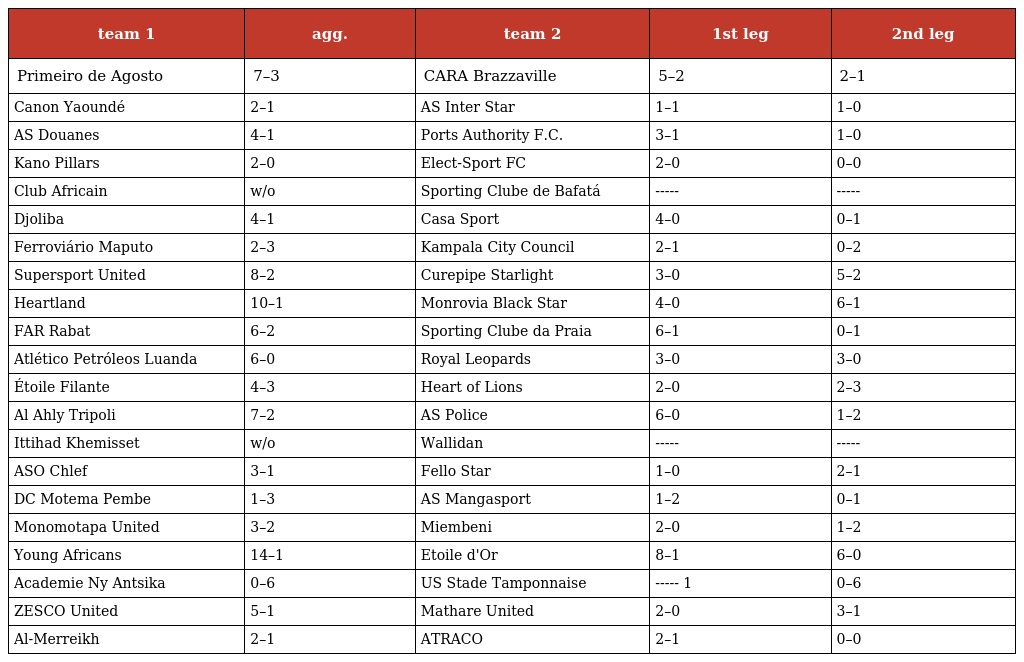
| team 1 | agg. | team 2 | 1st leg | 2nd leg |
 | --- | --- | --- | --- | --- |
 | Primeiro de Agosto | 7–3 | CARA Brazzaville | 5–2 | 2–1 |
 | Canon Yaoundé | 2–1 | AS Inter Star | 1–1 | 1–0 |
 | AS Douanes | 4–1 | Ports Authority F.C. | 3–1 | 1–0 |
 | Kano Pillars | 2–0 | Elect-Sport FC | 2–0 | 0–0 |
 | Club Africain | w/o | Sporting Clube de Bafatá | ----- | ----- |
 | Djoliba | 4–1 | Casa Sport | 4–0 | 0–1 |
 | Ferroviário Maputo | 2–3 | Kampala City Council | 2–1 | 0–2 |
 | Supersport United | 8–2 | Curepipe Starlight | 3–0 | 5–2 |
 | Heartland | 10–1 | Monrovia Black Star | 4–0 | 6–1 |
 | FAR Rabat | 6–2 | Sporting Clube da Praia | 6–1 | 0–1 |
 | Atlético Petróleos Luanda | 6–0 | Royal Leopards | 3–0 | 3–0 |
 | Étoile Filante | 4–3 | Heart of Lions | 2–0 | 2–3 |
 | Al Ahly Tripoli | 7–2 | AS Police | 6–0 | 1–2 |
 | Ittihad Khemisset | w/o | Wallidan | ----- | ----- |
 | ASO Chlef | 3–1 | Fello Star | 1–0 | 2–1 |
 | DC Motema Pembe | 1–3 | AS Mangasport | 1–2 | 0–1 |
 | Monomotapa United | 3–2 | Miembeni | 2–0 | 1–2 |
 | Young Africans | 14–1 | Etoile d'Or | 8–1 | 6–0 |
 | Academie Ny Antsika | 0–6 | US Stade Tamponnaise | ----- 1 | 0–6 |
 | ZESCO United | 5–1 | Mathare United | 2–0 | 3–1 |
 | Al-Merreikh | 2–1 | ATRACO | 2–1 | 0–0 |